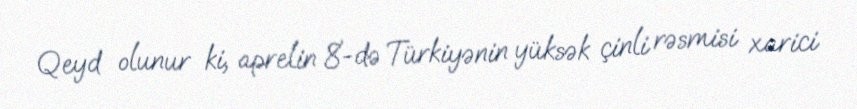
Qeyd olunur ki, aprelin 8-də Türkiyənin yüksək çinli rəsmisi xarici